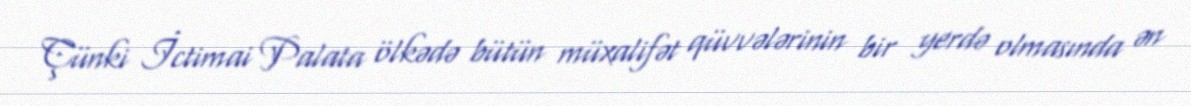
Çünki İctimai Palata ölkədə bütün müxalifət qüvvələrinin bir yerdə olmasında ən